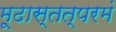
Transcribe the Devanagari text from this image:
मूढास्तत्परमं